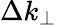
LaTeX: \Delta k_{\perp}